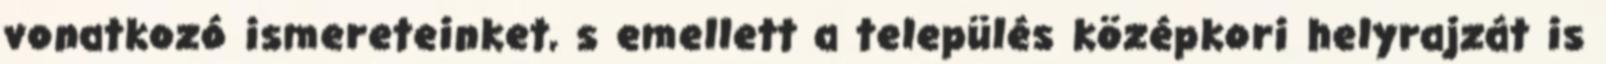
vonatkozó ismereteinket, s emellett a település középkori helyrajzát is